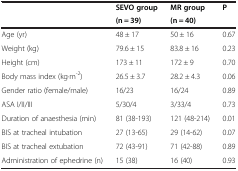
| <ROWSPAN=2>  | SEVO group | MR group | <ROWSPAN=2> P |
 | (n = 39) | (n = 40) |
 | --- | --- | --- | --- |
 | Age (yr) | 48 ± 17 | 50 ± 16 | 0.67 |
 | Weight (kg) | 79.6 ± 15 | 83.8 ± 16 | 0.23 |
 | Height (cm) | 173 ± 11 | 172 ± 9 | 0.70 |
 | Body mass index (kg·m-2) | 26.5 ± 3.7 | 28.2 ± 4.3 | 0.06 |
 | Gender ratio (female/male) | 16/23 | 16/24 | 0.89 |
 | ASA I/II/III | 5/30/4 | 3/33/4 | 0.73 |
 | Duration of anaesthesia (min) | 81 (38-193) | 121 (48-214) | 0.01 |
 | BIS at tracheal intubation | 27 (13-65) | 29 (14-62) | 0.07 |
 | BIS at tracheal extubation | 72 (43-91) | 71 (42-88) | 0.89 |
 | Administration of ephedrine (n) | 15 (38) | 16 (40) | 0.93 |